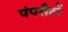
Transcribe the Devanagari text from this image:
पंपसैटों